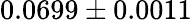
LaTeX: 0.0699\pm 0.0011